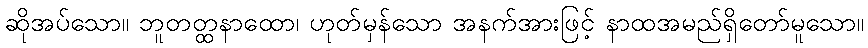
ဆိုအပ်သော။ ဘူတတ္ထနာထော၊ ဟုတ်မှန်သော အနက်အားဖြင့် နာထအမည်ရှိတော်မူသော။